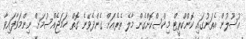
އުސޫލުން އެތަނުގައި ކޮންކްރީޓް މިކްސްކޮށްގެން މާލެ ތެރެއަށް ގެންދެވޭނެ ގޮތް ހަމަޖެއްސުމަށް ނިންމަވާފައިވާ